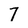
Character: 7